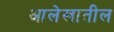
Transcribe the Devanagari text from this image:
आलेखातील